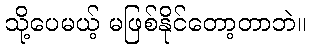
သို့ပေမယ့် မဖြစ်နိုင်တော့တာဘဲ။